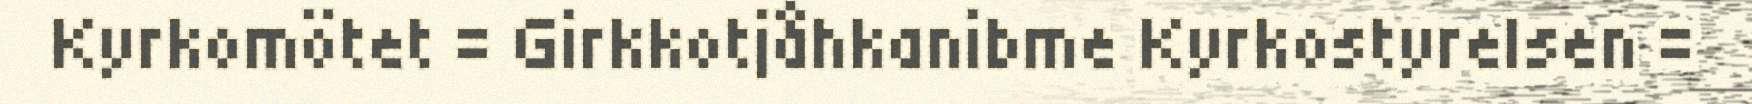
Kyrkomötet = Girkkotjåhkanibme Kyrkostyrelsen =